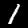
Label: 1